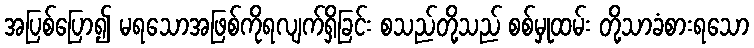
အပြစ်ပြော၍ မရသောအဖြစ်ကိုရလျက်ရှိခြင်း စသည်တို့သည် စစ်မှုထမ်း တို့သာခံစားရသော